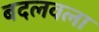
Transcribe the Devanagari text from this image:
बदलवला